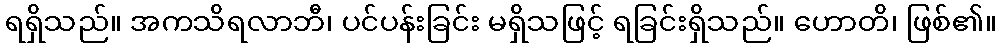
ရရှိသည်။ အကသိရလာဘီ၊ ပင်ပန်းခြင်း မရှိသဖြင့် ရခြင်းရှိသည်။ ဟောတိ၊ ဖြစ်၏။